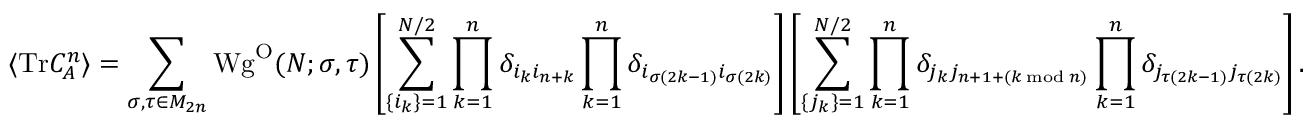
\langle \mathrm { T r } C _ { A } ^ { n } \rangle = \sum _ { \sigma , \tau \in M _ { 2 n } } \mathrm { W g } ^ { \mathrm { O } } ( N ; \sigma , \tau ) \left[ \sum _ { \lbrace i _ { k } \rbrace = 1 } ^ { N / 2 } \prod _ { k = 1 } ^ { n } \delta _ { i _ { k } i _ { n + k } } \prod _ { k = 1 } ^ { n } \delta _ { i _ { \sigma ( 2 k - 1 ) } i _ { \sigma ( 2 k ) } } \right] \left[ \sum _ { \lbrace j _ { k } \rbrace = 1 } ^ { N / 2 } \prod _ { k = 1 } ^ { n } \delta _ { j _ { k } j _ { n + 1 + ( k \bmod n ) } } \prod _ { k = 1 } ^ { n } \delta _ { j _ { \tau ( 2 k - 1 ) } j _ { \tau ( 2 k ) } } \right] .